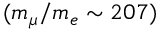
( m _ { \mu } / m _ { e } \sim 2 0 7 )